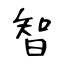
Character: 智